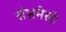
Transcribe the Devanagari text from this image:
संभ्रमेसी